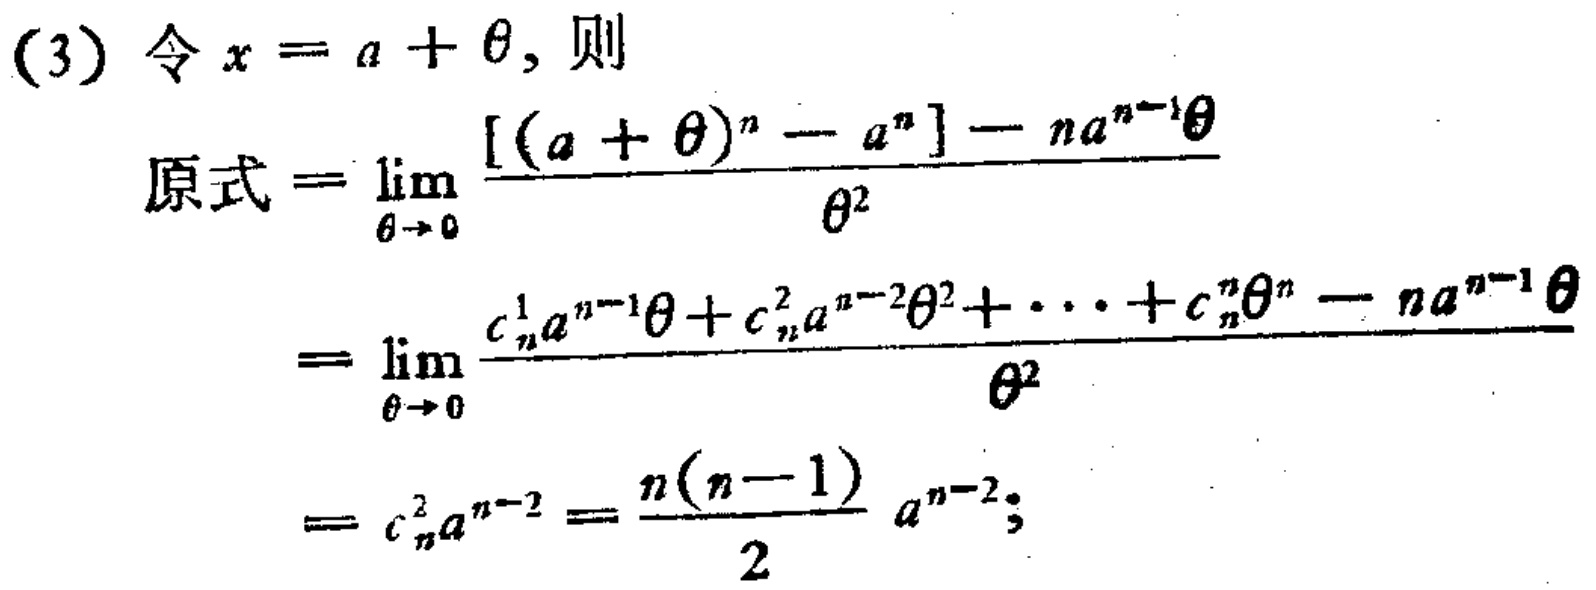
(3) 令 \(x = a+\theta\)，则
\[
\begin{align*}
\text{原式}&=\lim_{\theta \to 0}\frac{[(a + \theta)^n - a^n]-na^{n - 1}\theta}{\theta^2}\\
&=\lim_{\theta \to 0}\frac{C_{n}^{1}a^{n - 1}\theta+C_{n}^{2}a^{n - 2}\theta^2+\cdots + C_{n}^{n}\theta^n - na^{n - 1}\theta}{\theta^2}\\
&=C_{n}^{2}a^{n - 2}=\frac{n(n - 1)}{2}a^{n - 2}
\end{align*}
\]